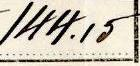
144.15